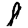
Digit: 8